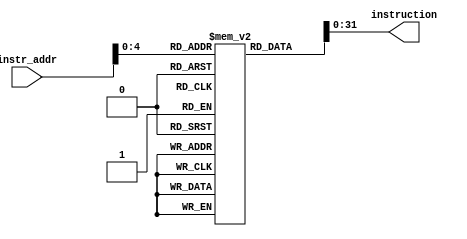
module instrmem (
    input [31:0] instr_addr,
    output [31:0] instruction
);

	reg [255:0] memory [31:0];
	
	assign instruction = memory[instr_addr];

endmodule